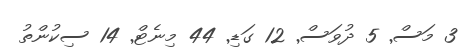
3 މަސް